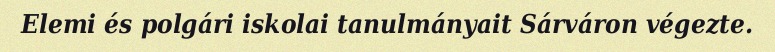
Elemi és polgári iskolai tanulmányait Sárváron végezte.